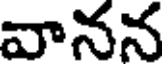
వానన